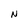
Character: N